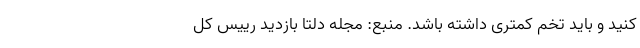
کنید و باید تخم کمتری داشته باشد. منبع: مجله دلتا بازدید رییس کل